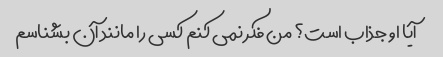
آیا او جذاب است؟ من فکر نمی کنم کسی را مانند آن بشناسم